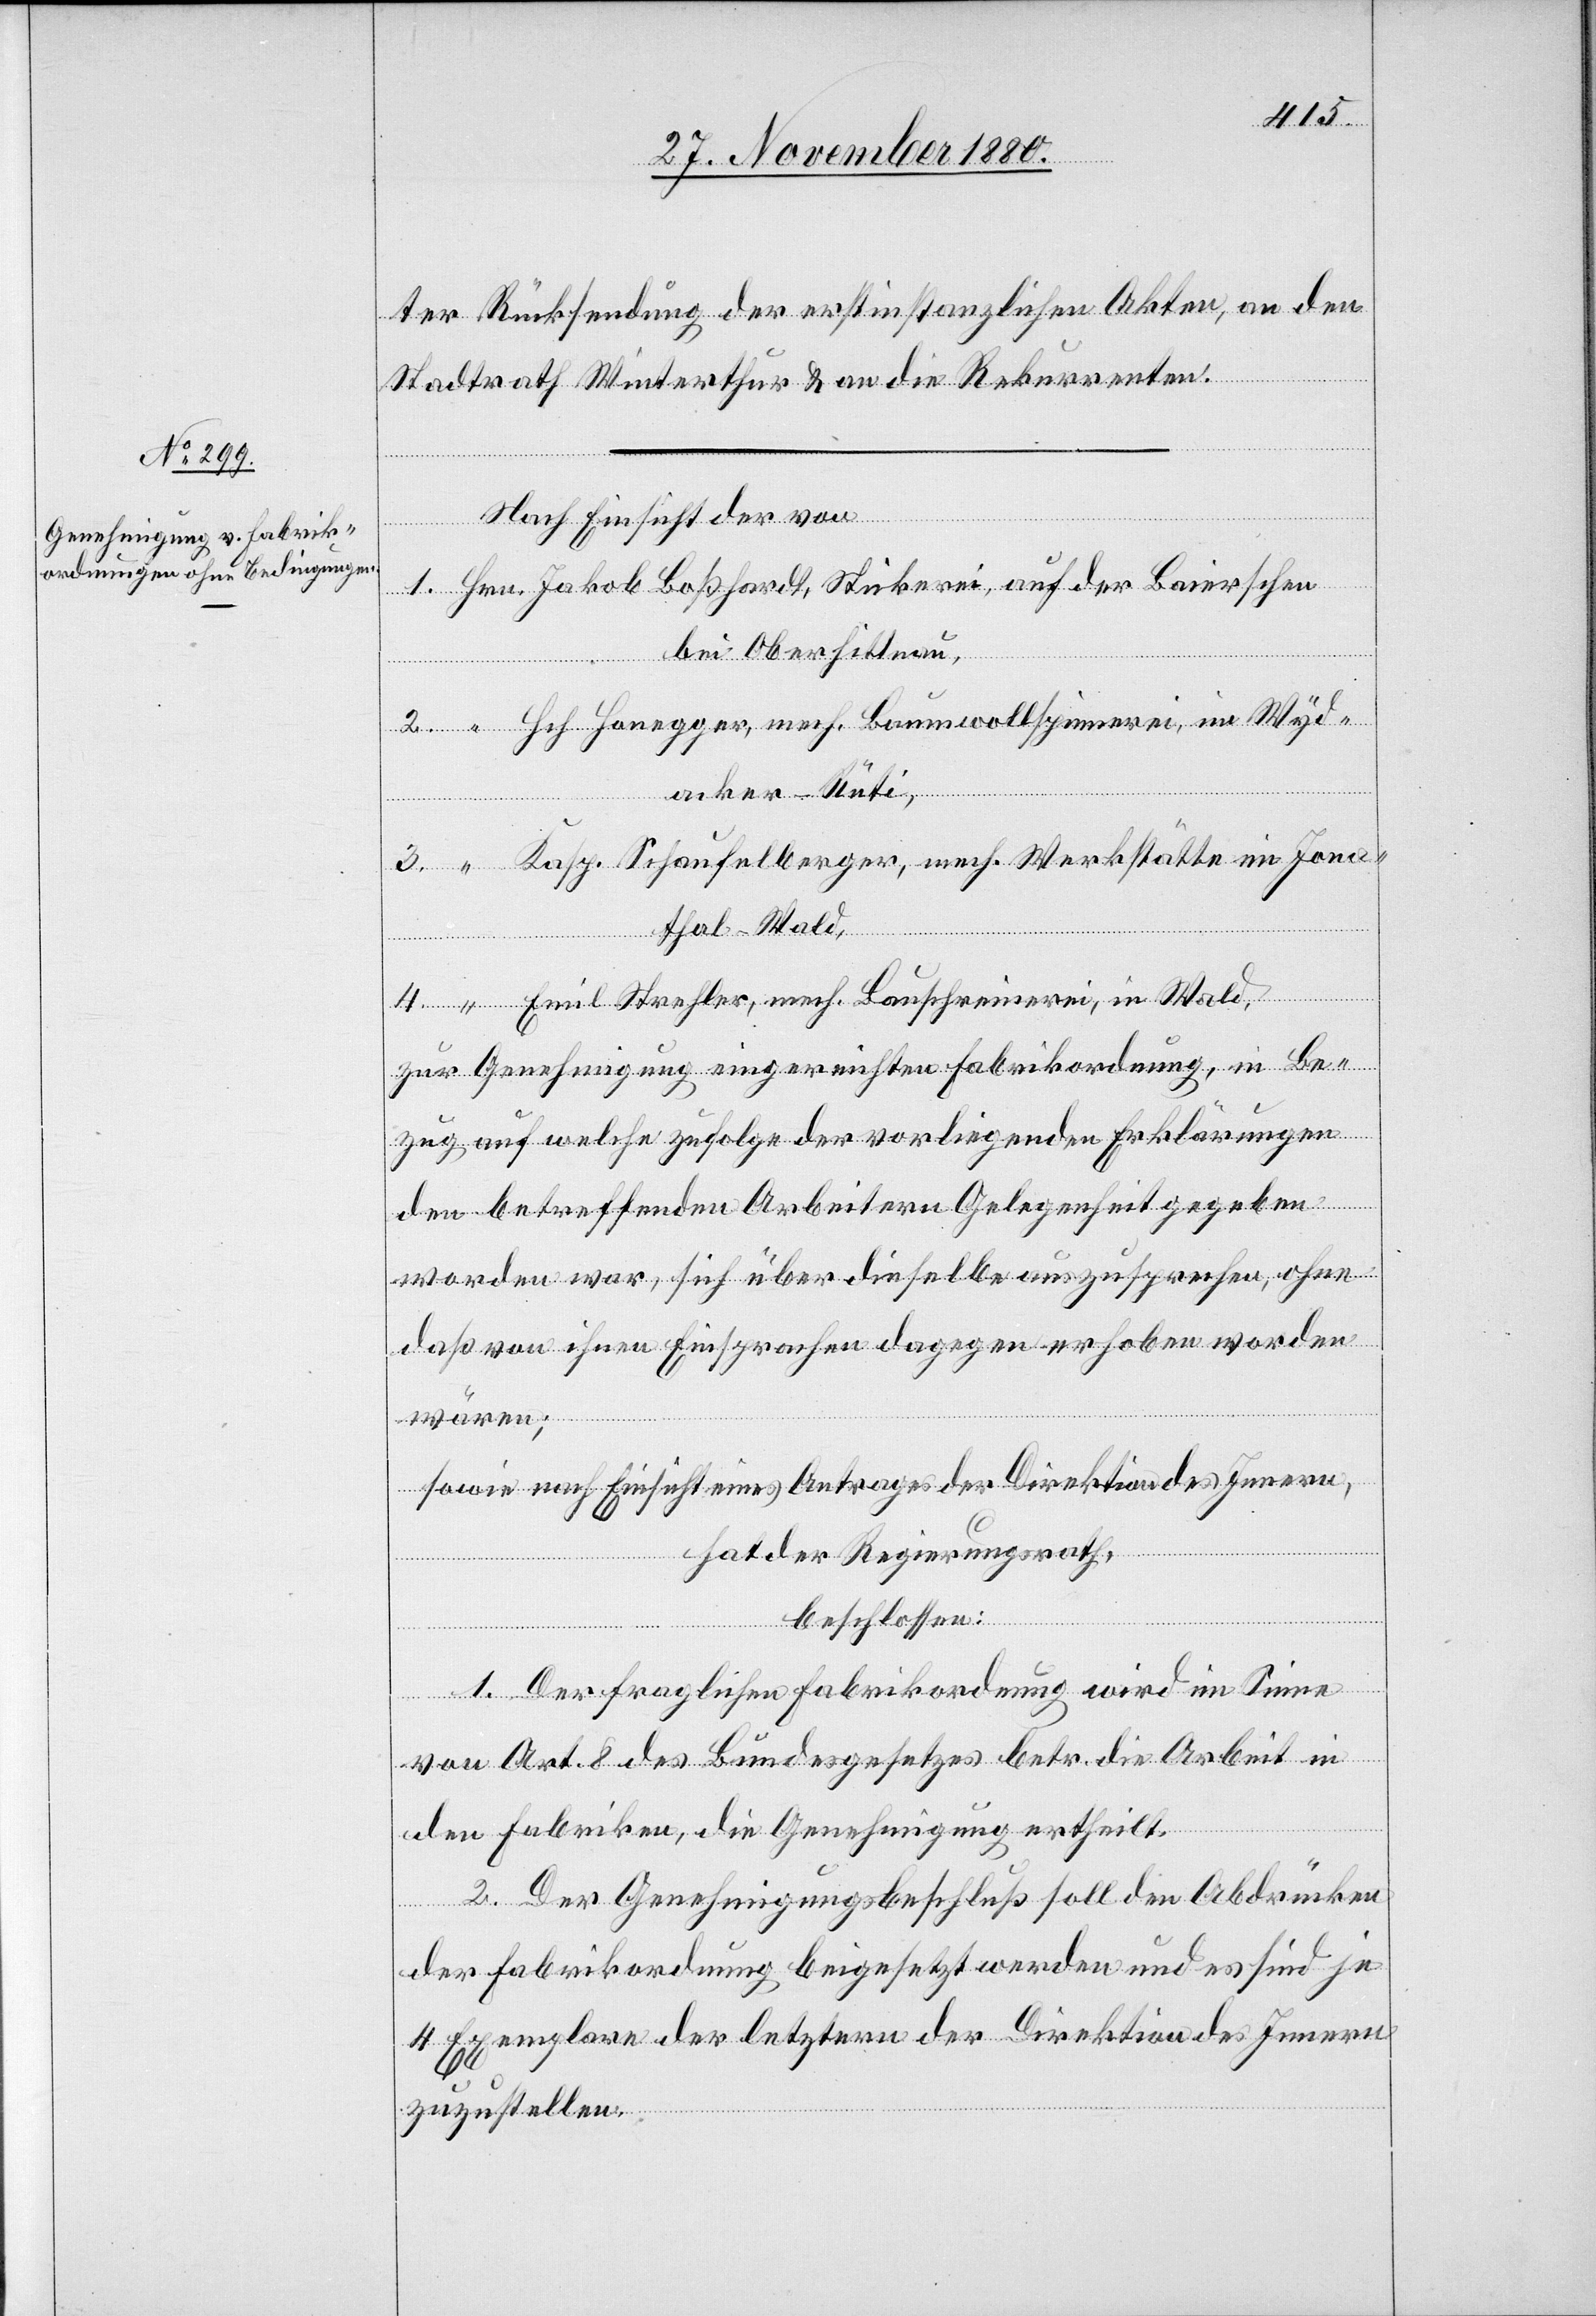
ter Rücksendung der erstinstanzlichen Akten, an den
Stadtrath Winterthur & an die Rekurrenten.